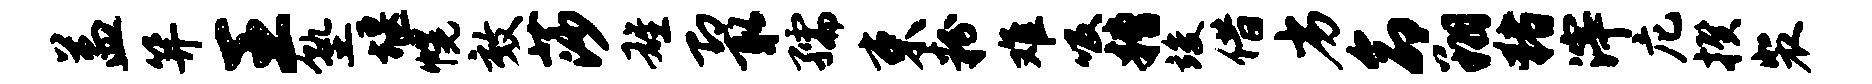
益笄王塾堰幌效莎雄即取孺束粉难吸糟竣借劣命翔猪滓庀揆裴